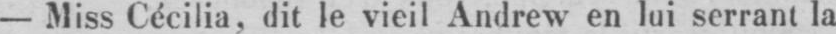
- Miss Cécilia, dit le vieil Andrew en lui serrant la